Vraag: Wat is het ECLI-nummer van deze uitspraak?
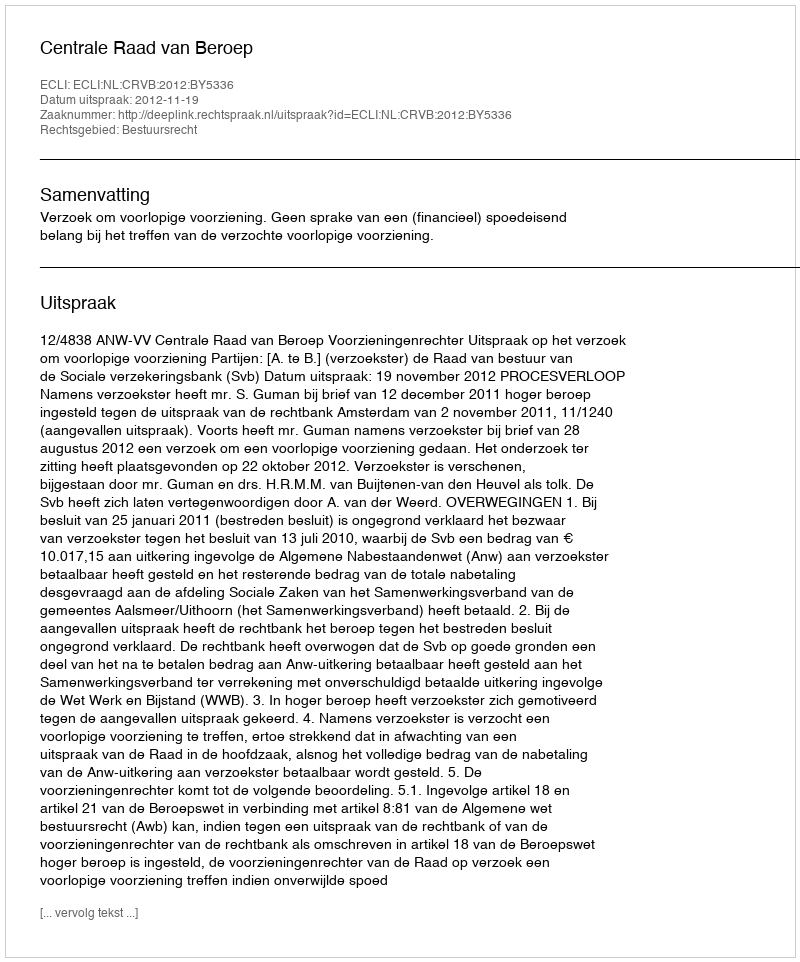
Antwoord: ECLI:NL:CRVB:2012:BY5336